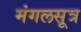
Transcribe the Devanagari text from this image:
मंगलसूत्र